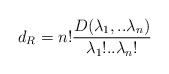
\begin{align*}d_R = n! \frac{D( \lambda_1, .. \lambda_n) }{\lambda_1 ! .. \lambda_n!}\end{align*}